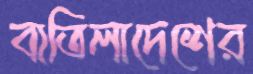
বাতিলাদেশের